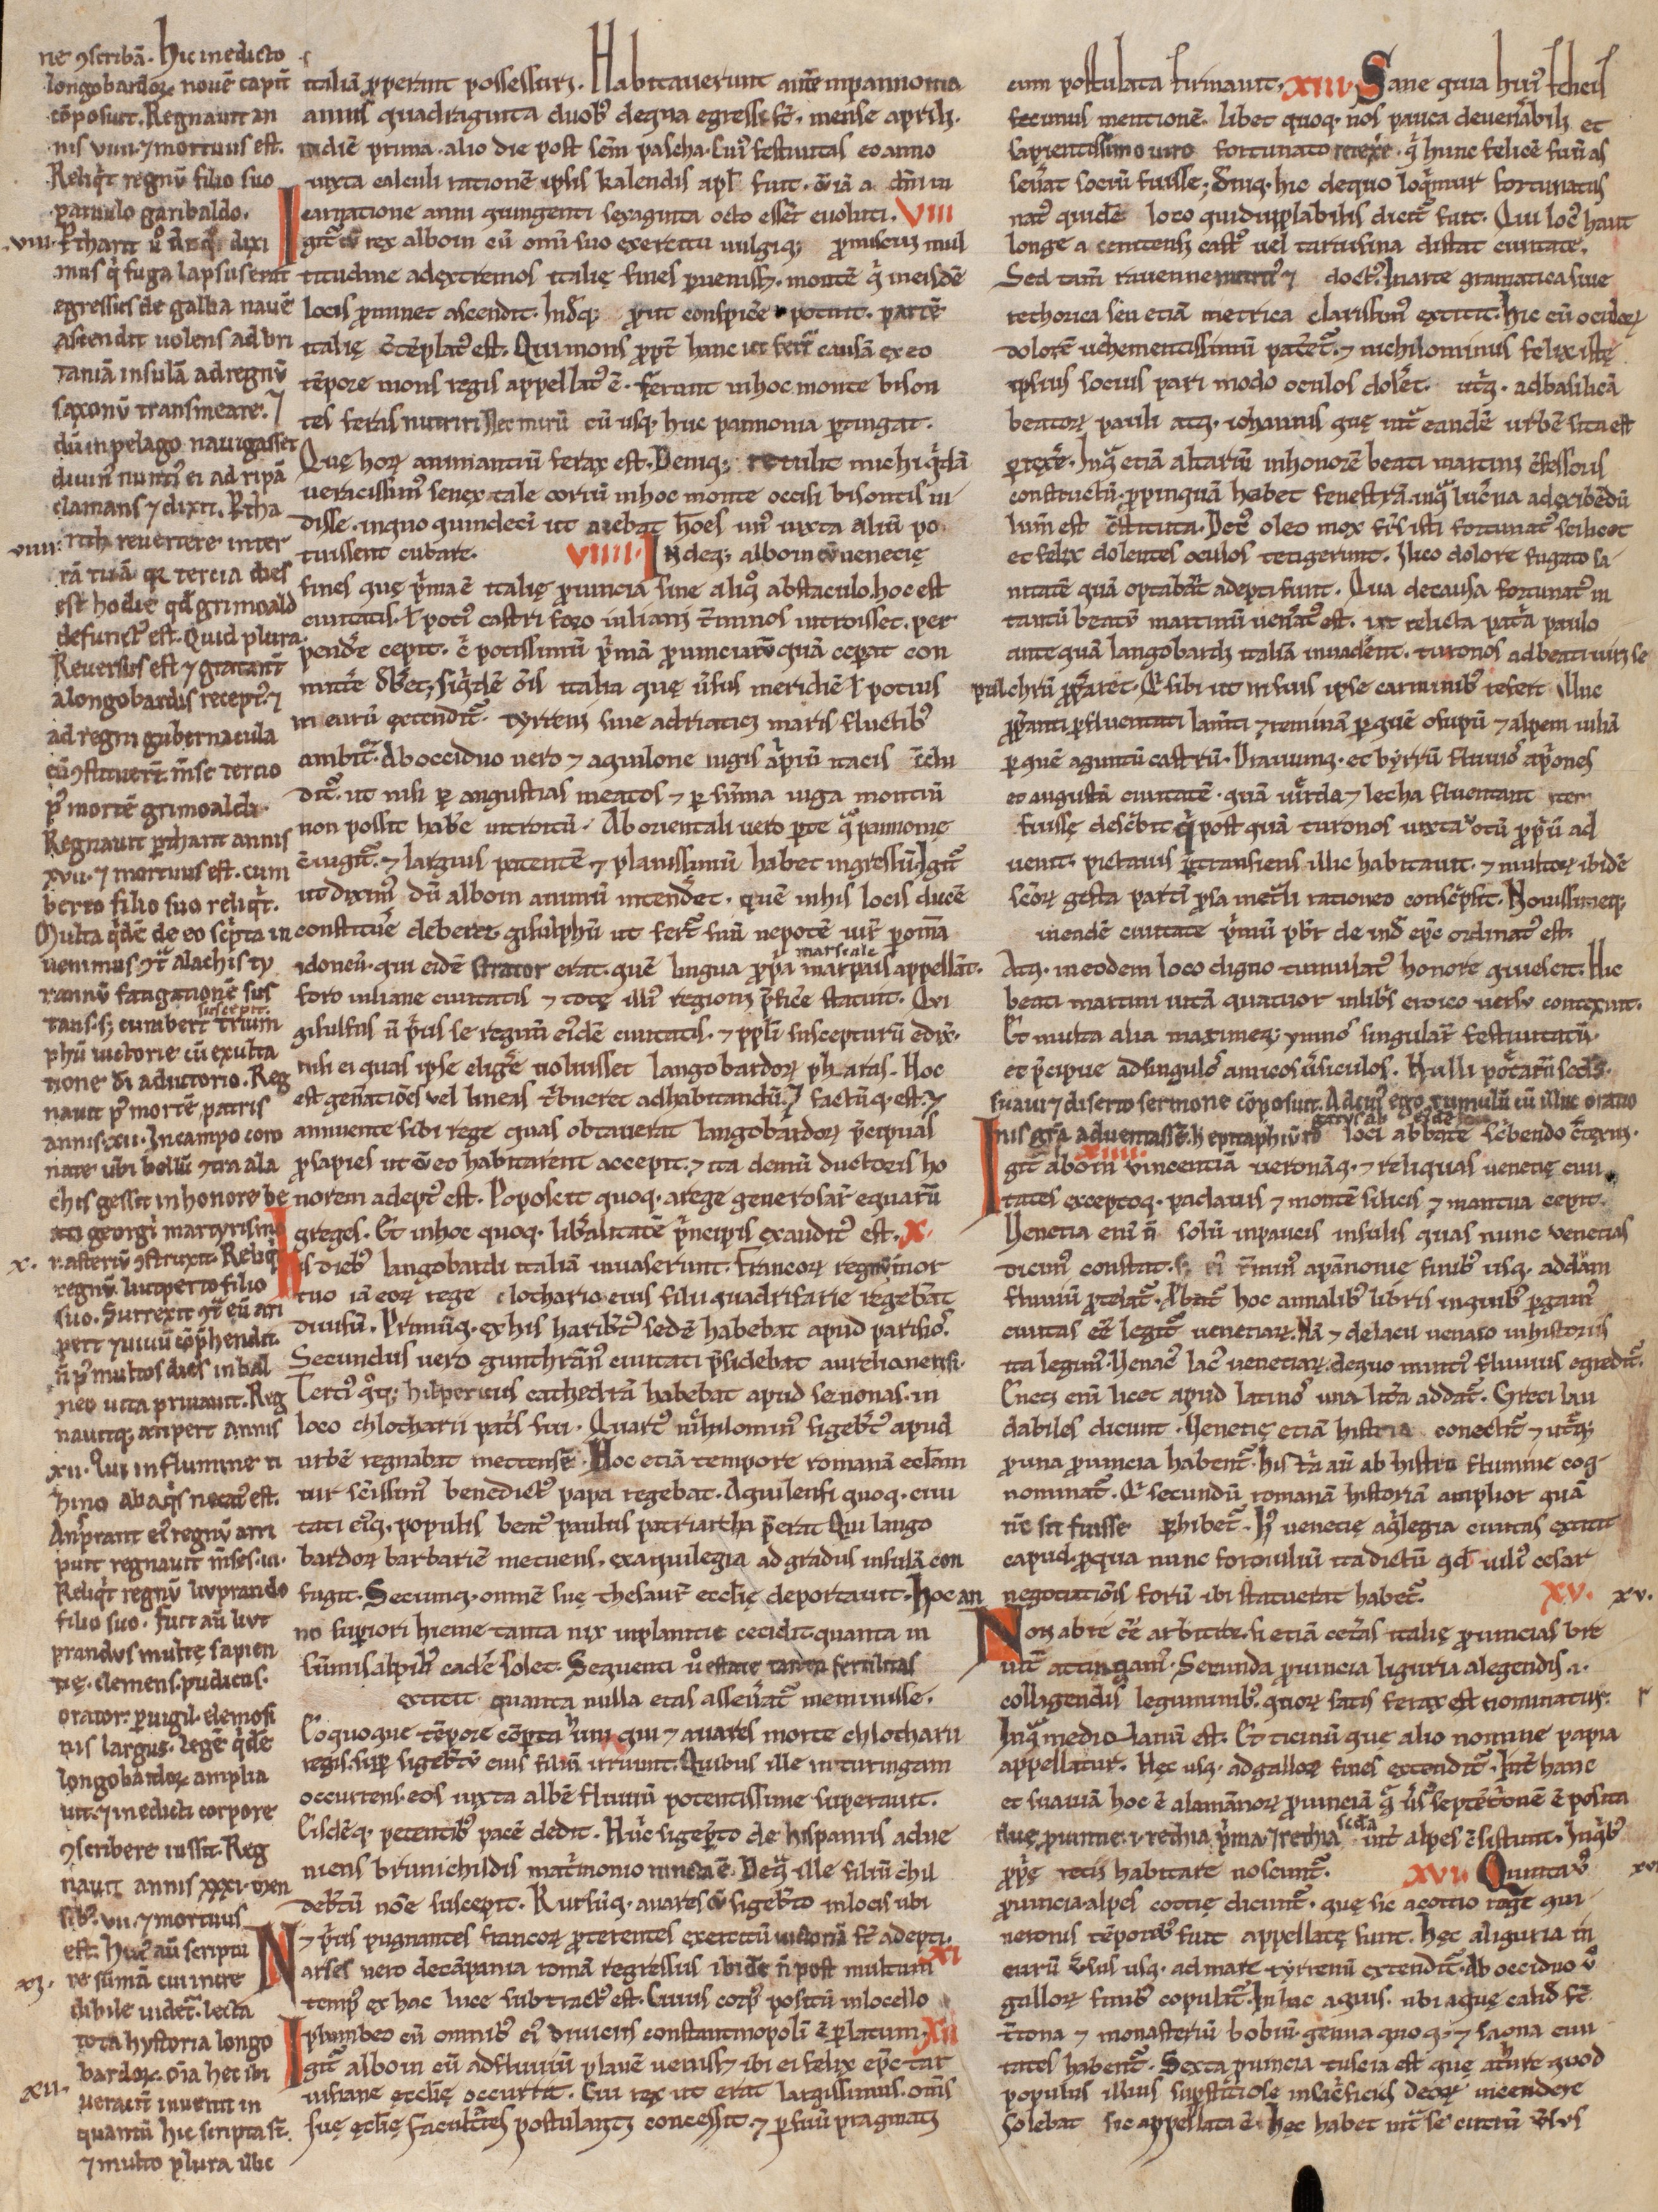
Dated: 1200–1299